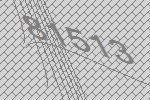
81513